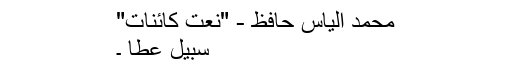
محمد الیاس حافظ - "نعت کائنات"
سبیل عطا ۔